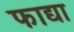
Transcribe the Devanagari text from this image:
फाद्या